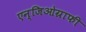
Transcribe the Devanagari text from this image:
एन्जिओग्राफी